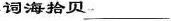
词海拾贝___